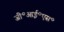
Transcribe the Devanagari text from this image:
जी॰आई॰एस॰